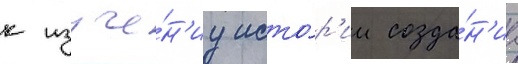
к изуче́н'иу исто́р'ии созда́н'иа